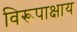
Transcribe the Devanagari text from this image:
विरूपाक्षाय